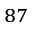
^ { 8 7 }